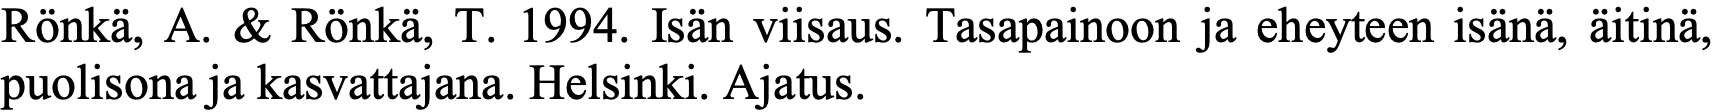
Rönkä, A. & Rönkä, T. 1994. Isän viisaus. Tasapainoon ja eheyteen isänä, äitinä, puolisona ja kasvattajana. Helsinki. Ajatus.